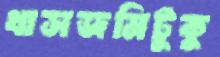
খাসজমিটুকু